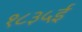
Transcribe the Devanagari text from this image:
१८३५ई